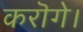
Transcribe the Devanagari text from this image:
करॊगे।